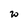
Character: w